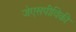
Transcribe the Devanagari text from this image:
जेएसपीविकी